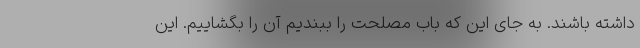
داشته باشند. به جای این که باب مصلحت را ببندیم آن را بگشاییم. این